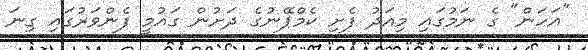
"އަހަން" ގެ ނަމުގައި މިއަދު ފެށި ކެމްޕޭނުގެ ދަށުން ގައުމީ ފެންވަރުގައި ގިނަ